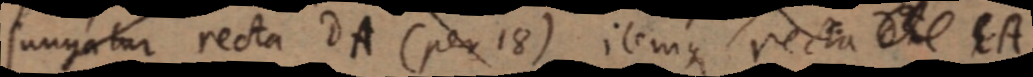
sungatur recta DA (per 18) itemque recta _ EA